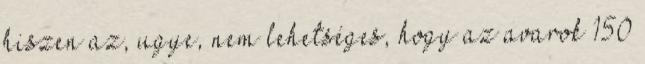
hiszen az, ugye, nem lehetséges, hogy az avarok 150